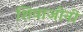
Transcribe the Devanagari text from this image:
शिवाजीनी